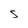
Character: S